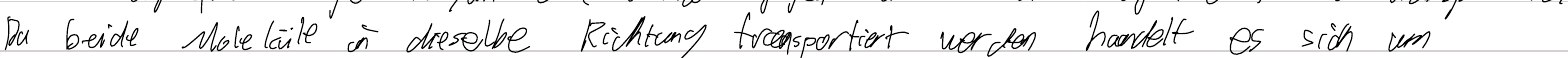
Da beide Moleküle in dieselbe Richtung transportiert werden handelt es sich um